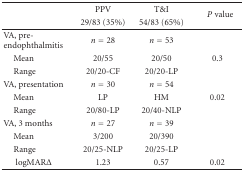
<table><thead><tr><td></td><td><b>PPV</b></td><td><b>T&amp;I</b></td><td rowspan="2"><b><i>P</i> value</b></td></tr><tr><td></td><td><b>29/83 (35%)</b></td><td><b>54/83 (65%) </b></td></tr></thead><tbody><tr><td>VA, pre-endophthalmitis</td><td><i>n</i> = 28</td><td><i>n</i> = 53</td><td></td></tr><tr><td>Mean</td><td>20/55</td><td>20/50</td><td>0.3</td></tr><tr><td>Range</td><td>20/20-CF</td><td>20/20-LP</td><td></td></tr><tr><td>VA, presentation</td><td><i>n</i> = 30</td><td><i>n</i> = 54</td><td></td></tr><tr><td>Mean</td><td>LP</td><td>HM</td><td>0.02</td></tr><tr><td>Range</td><td>20/80-LP</td><td>20/40-NLP</td><td></td></tr><tr><td>VA, 3 months</td><td><i>n</i> = 27</td><td><i>n</i> = 39</td><td></td></tr><tr><td>Mean</td><td>3/200</td><td>20/390</td><td></td></tr><tr><td>Range</td><td>20/25-NLP</td><td>20/25-LP</td><td></td></tr><tr><td>logMARΔ</td><td>1.23</td><td>0.57</td><td>0.02</td></tr></tbody></table>